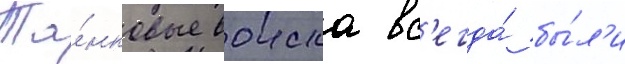
Та́нковые воиска вс'егда́ бы́л'и